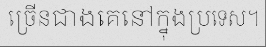
ច្រើនជាងគេនៅក្នុងប្រទេស។